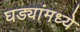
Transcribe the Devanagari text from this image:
घड्यांमध्ये